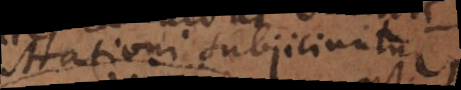
trationi subjiciuntur